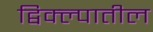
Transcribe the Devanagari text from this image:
द्विक्ल्पातील